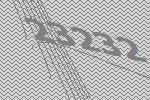
23232